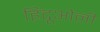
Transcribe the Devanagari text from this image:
हिंदूओनी